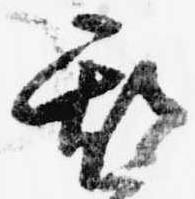
期